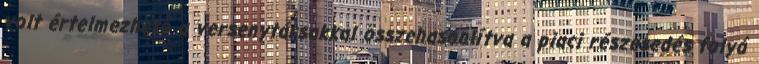
volt értelmezhető a versenytársakkal összehasonlítva a piaci részesedés folyó